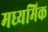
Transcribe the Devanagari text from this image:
मध्यमिक